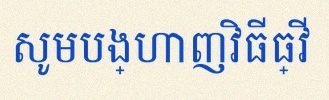
សូមបង្ហាញវិធីធ្វើ